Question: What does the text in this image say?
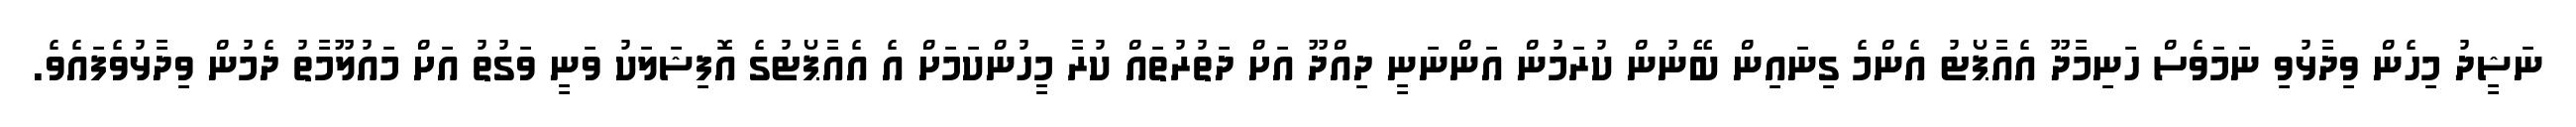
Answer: ނަޝީދު މިހެން ވިދާޅުވި ނަމަވެސް ހަނިމާދޫ އެއާޕޯޓު އެންމެ ގިނައިން ބޭނުން ކުރަމުން އަންނަނީ ދިއްދޫ އަށް ދަތުރުތައް ކުރާ މީހުންކަމަށް އެ އެއާޕޯޓުގެ އޮފިޝަލަކު ވަނީ ވަގުތު އަށް މައުލޫމާތު ދެމުން ވިދާޅުވެފައެވެ.